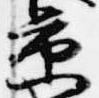
京